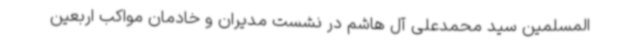
المسلمین سید محمدعلی آل هاشم در نشست مدیران و خادمان مواکب اربعین